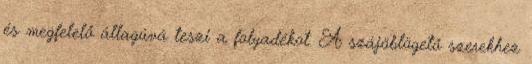
és megfelelő állagúvá teszi a folyadékot. A szájöblögető szerekhez